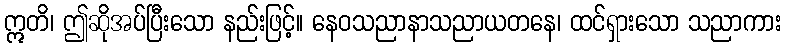
ဣတိ၊ ဤဆိုအပ်ပြီးသော နည်းဖြင့်။ နေဝသညာနာသညာယတနေ၊ ထင်ရှားသော သညာကား